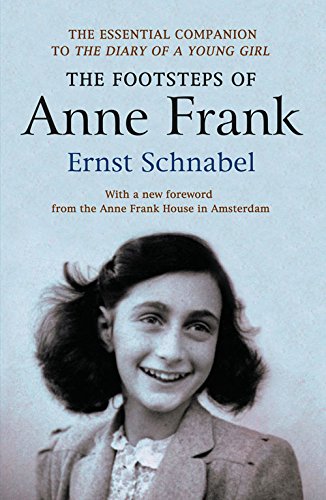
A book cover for The Footsteps of Anne Frank; Ernst Schnabel; Literature & Fiction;